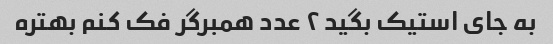
به جای استیک بگید ۲ عدد همبرگر فک کنم بهتره